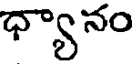
ధ్యానం